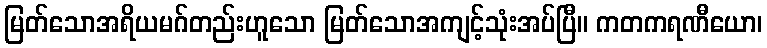
မြတ်သောအရိယမဂ်တည်းဟူသော မြတ်သောအကျင့်သုံးအပ်ပြီ။ ကတကရဏီယော၊